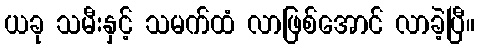
ယခု သမီးနှင့် သမက်ထံ လာဖြစ်အောင် လာခဲ့ပြီ။